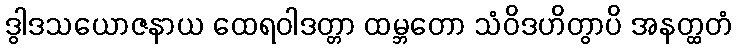
ဒွါဒသယောဇနာယ ထေရဝါဒတ္တာ ထမ္ဘတော သံဝိဒဟိတွာပိ အနတ္ထတံ